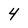
Character: 4